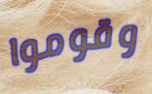
وقوموا